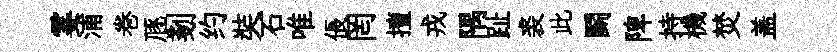
霎浦巻豗剗约奘石唯倀罔擅戎隅趾裘此鬬陴持機焚盖